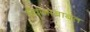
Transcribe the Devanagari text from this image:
ध्वजाबाबत